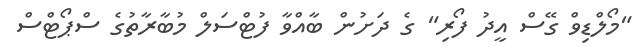
"މޯލްޑިވް ގޭސް އީދު ފޯރި" ގެ ދަށުން ބާއްވާ ފުޓްސަލް މުބާރާތުގެ ސްޕޯޓްސް